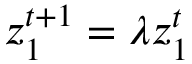
z _ { 1 } ^ { t + 1 } = \lambda z _ { 1 } ^ { t }